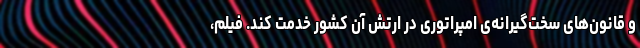
و قانون‌های سخت‌گیرانه‌ی امپراتوری در ارتشِ آن کشور خدمت کند. فیلم،